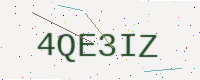
Text: 4QE3IZ